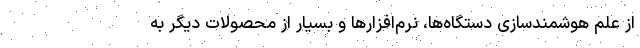
از علم هوشمندسازی دستگاه‌ها، نرم‌افزارها و بسیار از محصولات دیگر به